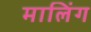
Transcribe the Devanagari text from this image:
मालिंग